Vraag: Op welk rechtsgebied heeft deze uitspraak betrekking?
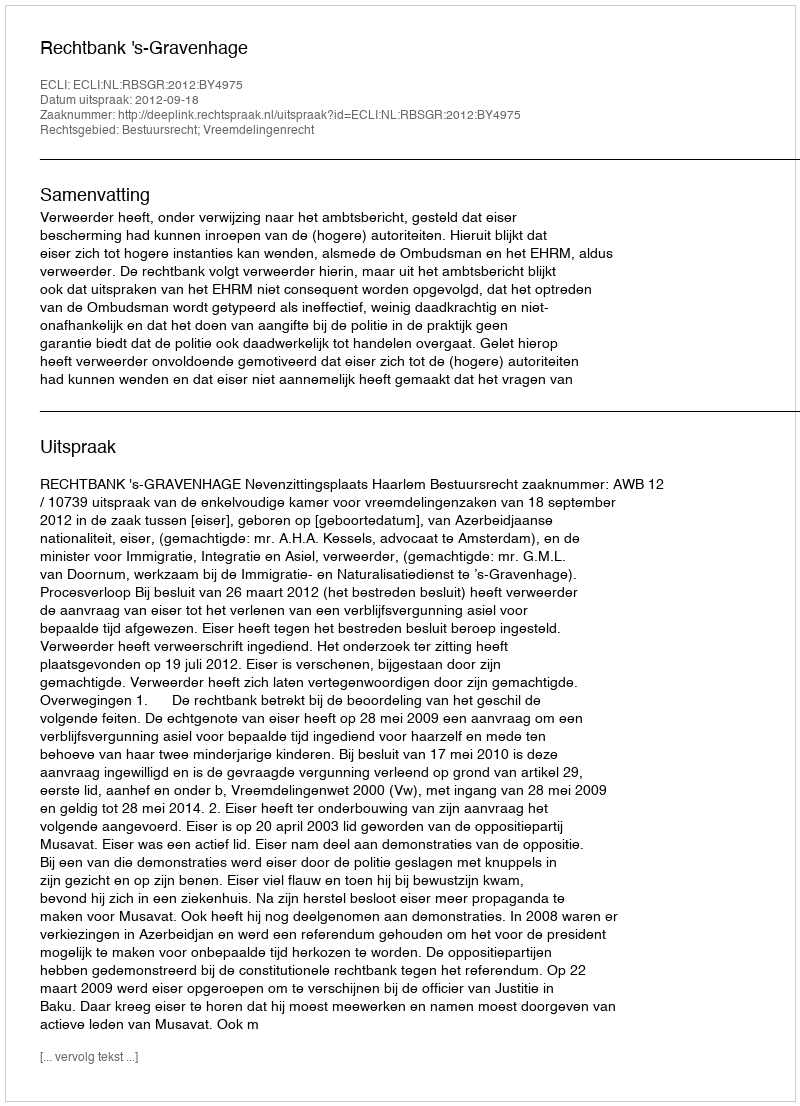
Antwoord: Bestuursrecht; Vreemdelingenrecht